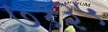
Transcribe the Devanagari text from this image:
७१३५